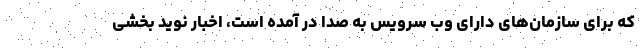
که برای سازمان‌های دارای وب سرویس به صدا در آمده است، اخبار نوید بخشی